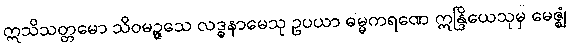
ဣသိသတ္တမော သိဝမဉ္ဇသေ လဒ္ဓနာမေသု ဥပယာ ဓမ္မကရဏေ ဣန္ဒြိယေသုမှ မေဇ္ဈံ